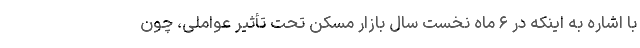
با اشاره به اینکه در ۶ ماه نخست سال بازار مسکن تحت تأثیر عواملی، چون